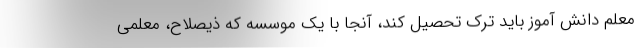
معلم دانش آموز باید ترک تحصیل کند، آنجا با یک موسسه که ذیصلاح، معلمی